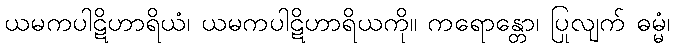
ယမကပါဋိဟာရိယံ၊ ယမကပါဋိဟာရိယကို။ ကရောန္တော၊ ပြုလျက် ဓမ္မံ၊